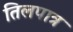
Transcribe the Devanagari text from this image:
तिलपात्र